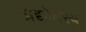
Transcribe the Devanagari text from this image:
प्रद्योतस्य